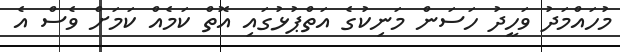
މުހައްމަދު ވަހީދު ހަސަން މަނިކުގެ އަތްޕުޅުގައި އޮތް ކަމެއް ކަމަށް ވެސް އެ